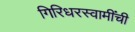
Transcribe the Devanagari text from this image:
गिरिधरस्वामींची